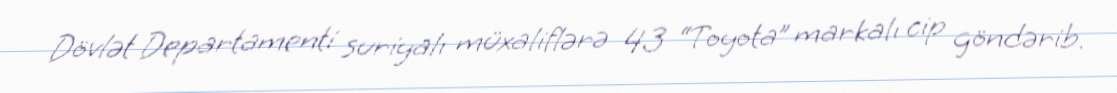
Dövlət Departamenti suriyalı müxaliflərə 43 “Toyota” markalı cip göndərib.